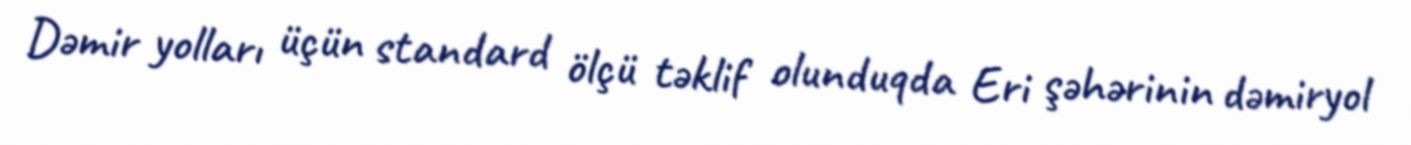
Dəmir yolları üçün standard ölçü təklif olunduqda Eri şəhərinin dəmiryol